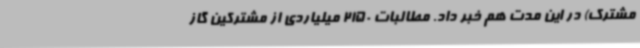
مشترک) در این مدت هم خبر داد. مطالبات 2150 میلیاردی از مشترکین گاز